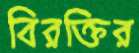
বিরক্তির